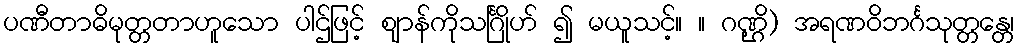
ပဏီတာဓိမုတ္တတာဟူသော ပါဌ်ဖြင့် ဈာန်ကိုသင်္ဂြိုဟ် ၍ မယူသင့်။ ။ ဂဏ္ဌိ) အရဏဝိဘင်္ဂသုတ္တန္တေ၊